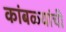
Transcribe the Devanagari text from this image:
कांबळ्यांची